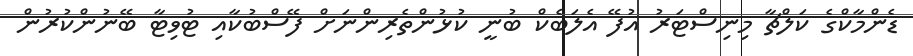
ޑެންމާކްގެ ކަލްޗާ މިނިސްޓަރު އުފޭ އެލަބެކް ބުނީ ކުޅުންތެރިންނަށް ފޭސްބުކާއި ޓުވިޓާ ބޭނުންކުރުން